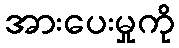
အားပေးမှုကို